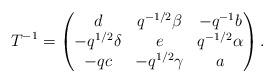
LaTeX: \begin{align*} T^{-1} = \begin{pmatrix} d & q^{-1/2}\beta & -q^{-1}b \\ -q^{1/2}\delta & e & q^{-1/2}\alpha \\ -qc & -q^{1/2}\gamma & a \end{pmatrix}.\end{align*}